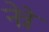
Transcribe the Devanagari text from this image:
नेत्रे